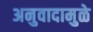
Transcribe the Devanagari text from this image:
अनुवादामुळे